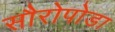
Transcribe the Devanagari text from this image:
सौरोपोडा